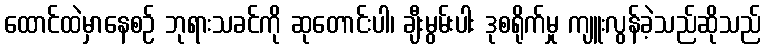
ထောင်ထဲမှာနေစဉ် ဘုရားသခင်ကို ဆုတောင်းပါ၊ ချီးမွမ်းပါး ဒုစရိုက်မှု ကျူးလွန်ခဲ့သည်ဆိုသည်